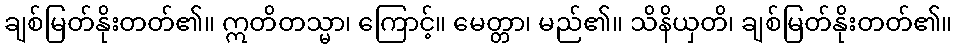
ချစ်မြတ်နိုးတတ်၏။ ဣတိတသ္မာ၊ ကြောင့်။ မေတ္တာ၊ မည်၏။ သိနိယှတိ၊ ချစ်မြတ်နိုးတတ်၏။